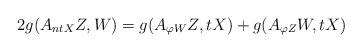
LaTeX: \begin{align*}2g(A_{ntX}Z, W)= g(A_{\varphi W}Z,tX)+g(A_{\varphi Z}W, tX) \end{align*}